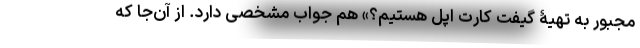
مجبور به تهیۀ گیفت کارت اپل هستیم؟» هم جواب مشخصی دارد. از آن‌جا که